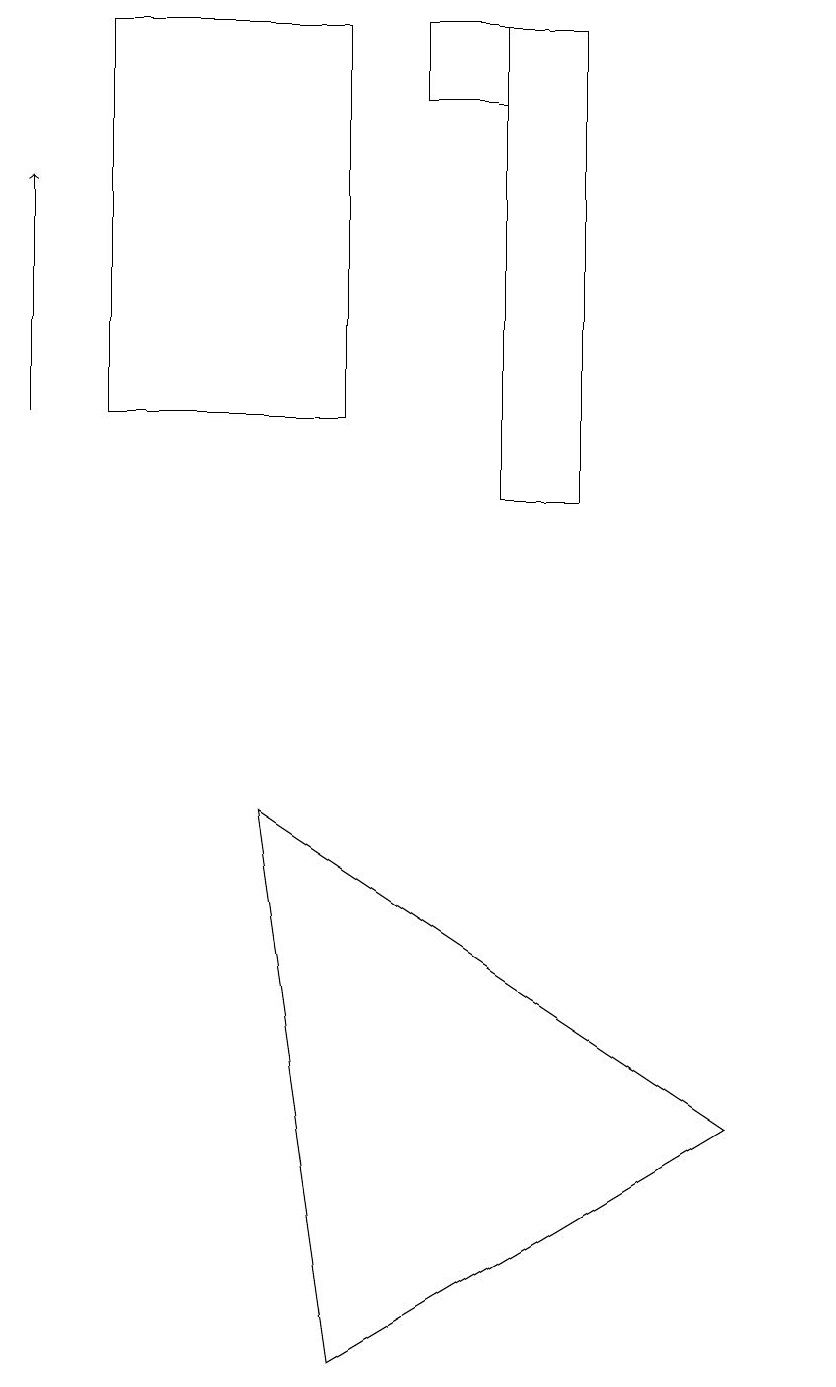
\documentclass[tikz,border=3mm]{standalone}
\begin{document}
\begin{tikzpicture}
\draw (6,18) rectangle (5,19);
\draw[->] (0,14) -- (0,17);
\draw (1,19) rectangle (4,14);
\draw (9,5) -- (4,2) -- (3,9) -- cycle;
\draw (10,12) circle (0);
\draw (7,19) rectangle (6,13);
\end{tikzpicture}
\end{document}